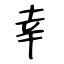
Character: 幸